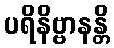
ပရိနိဗ္ဗာနန္တိ